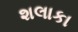
શલાકા